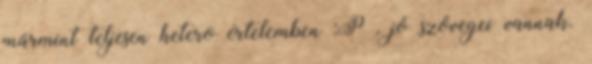
mármint teljesen hetero értelemben :P , jó szövegei vannak.